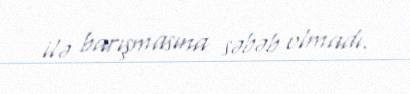
ilə barışmasına səbəb olmadı.